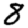
Digit: 8